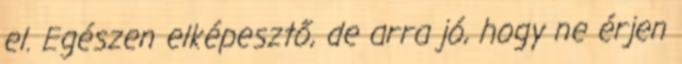
el. Egészen elképesztő, de arra jó, hogy ne érjen